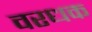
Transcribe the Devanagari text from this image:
वरधक